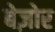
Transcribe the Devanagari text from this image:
बेज़ोर